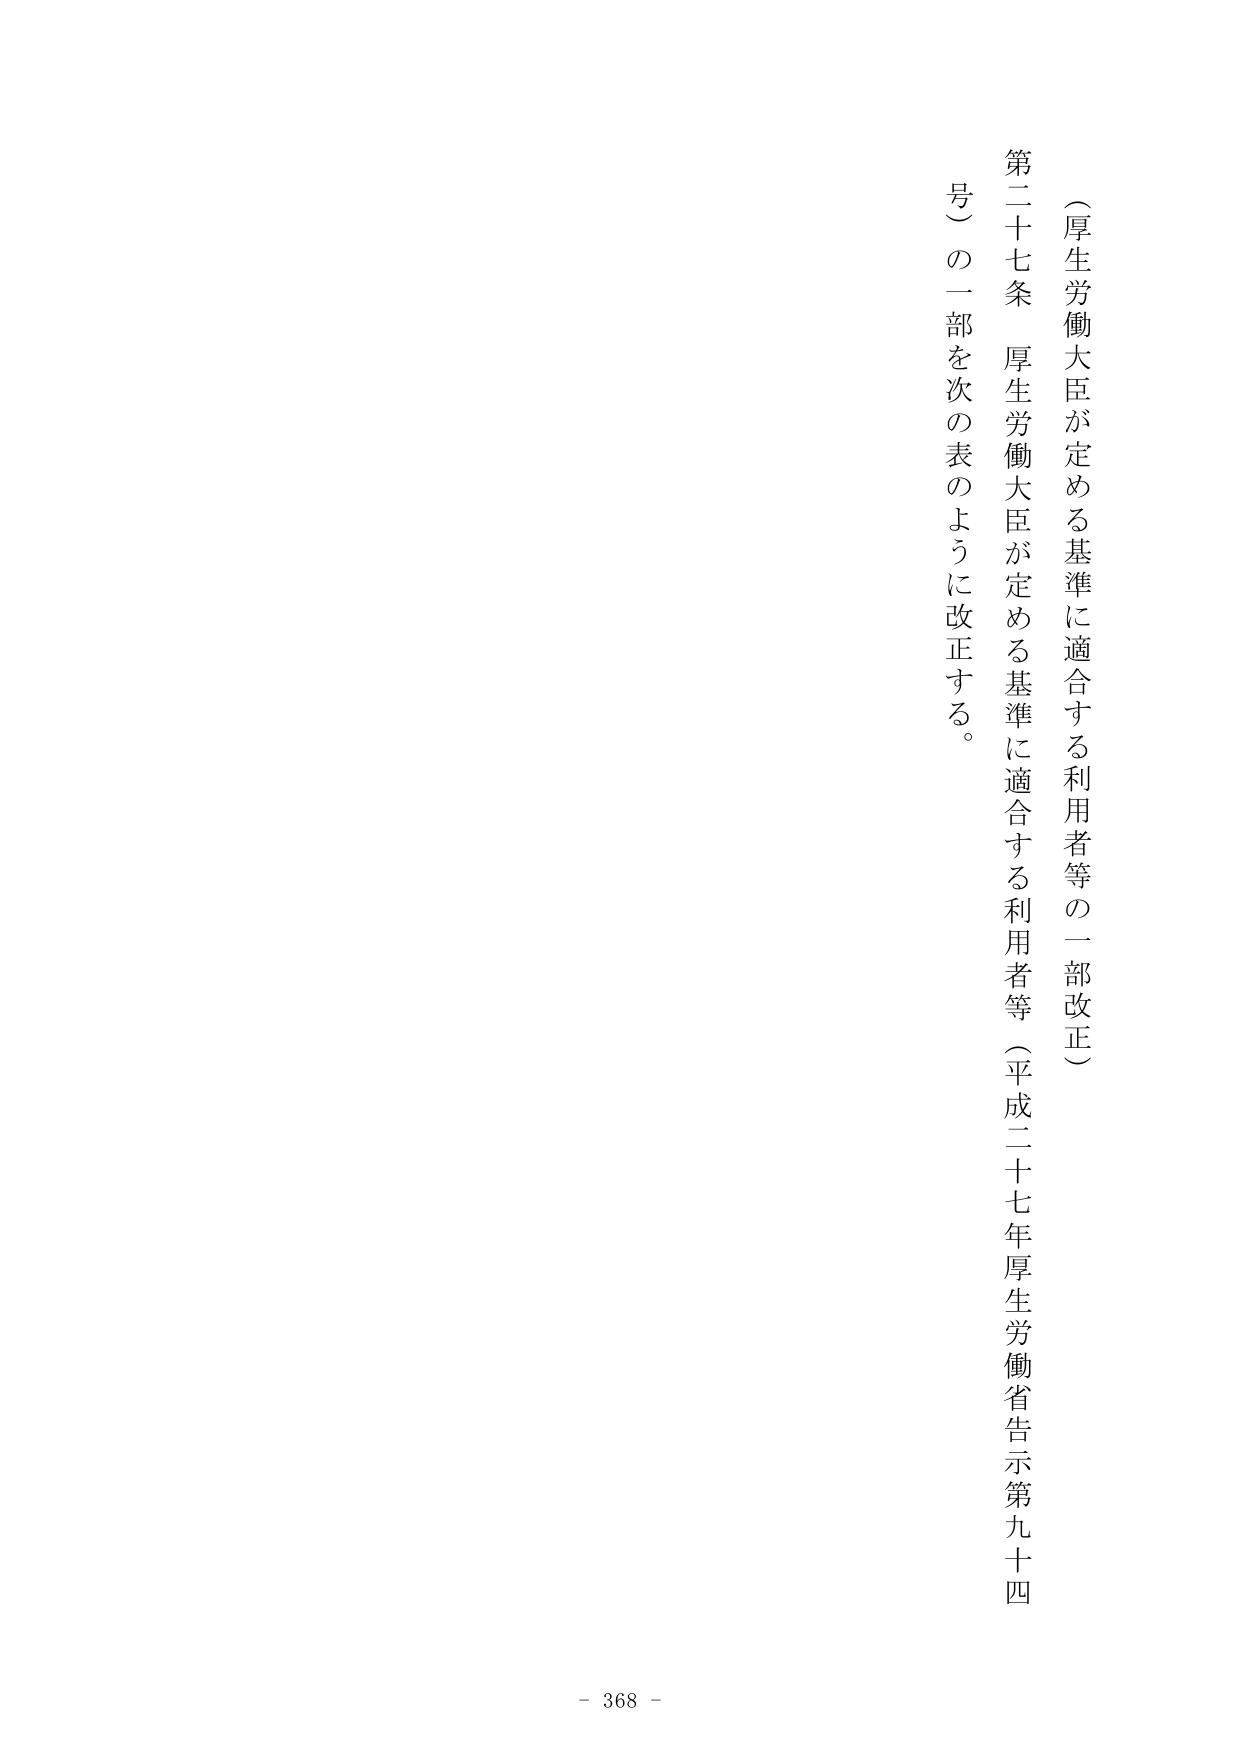
（厚生労働大臣が定める基準に適合する利用者等の一部改正）

第二十七条　厚生労働大臣が定める基準に適合する利用者等（平成二十七年厚生労働省告示第九十四号）の一部を次の表のように改正する。

- 368 -